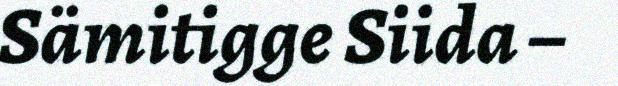
Sämitigge Siida –